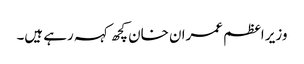
وزیر اعظم عمران خان کچھ کہہ رہے ہیں۔